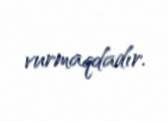
vurmaqdadır.